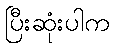
ပြီးဆုံးပါက